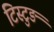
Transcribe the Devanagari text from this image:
टिस्टुङ